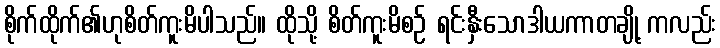
စိုက်ထိုက်၏ဟုစိတ်ကူးမိပါသည်။ ထိုသို့ စိတ်ကူးမိစဉ် ရင်းနှီးသောဒါယကာတချို့ ကလည်း